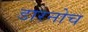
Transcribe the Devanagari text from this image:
डारनोच